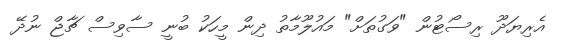
އެރިޔަދޫ ރިސޯޓުން "ވަގުތަށް" މައުލޫމާތު ދިން މީހަކު ބުނީ ސާވިސް ޗާޖް ނުދޭ